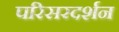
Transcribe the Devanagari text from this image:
परिसरदर्शन